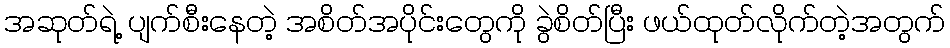
အဆုတ်ရဲ့ ပျက်စီးနေတဲ့ အစိတ်အပိုင်းတွေကို ခွဲစိတ်ပြီး ဖယ်ထုတ်လိုက်တဲ့အတွက်